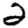
Digit: 2